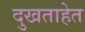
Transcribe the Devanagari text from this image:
दुखताहेत